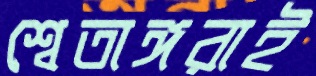
শ্বেতাঙ্গরাই